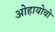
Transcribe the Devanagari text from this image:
ओहायोचो